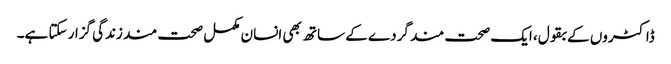
ڈاکٹروں کے بقول، ایک صحت مند گردے کے ساتھ بھی انسان مکمل صحت مند زندگی گزار سکتا ہے۔